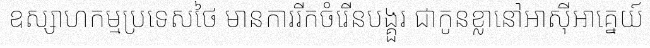
ឧស្សាហកម្មប្រទេសថៃ មានការរីកចំរើនបង្គួរ ជាកូនខ្លានៅអាស៊ីអាគ្នេយ៍